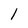
Character: l